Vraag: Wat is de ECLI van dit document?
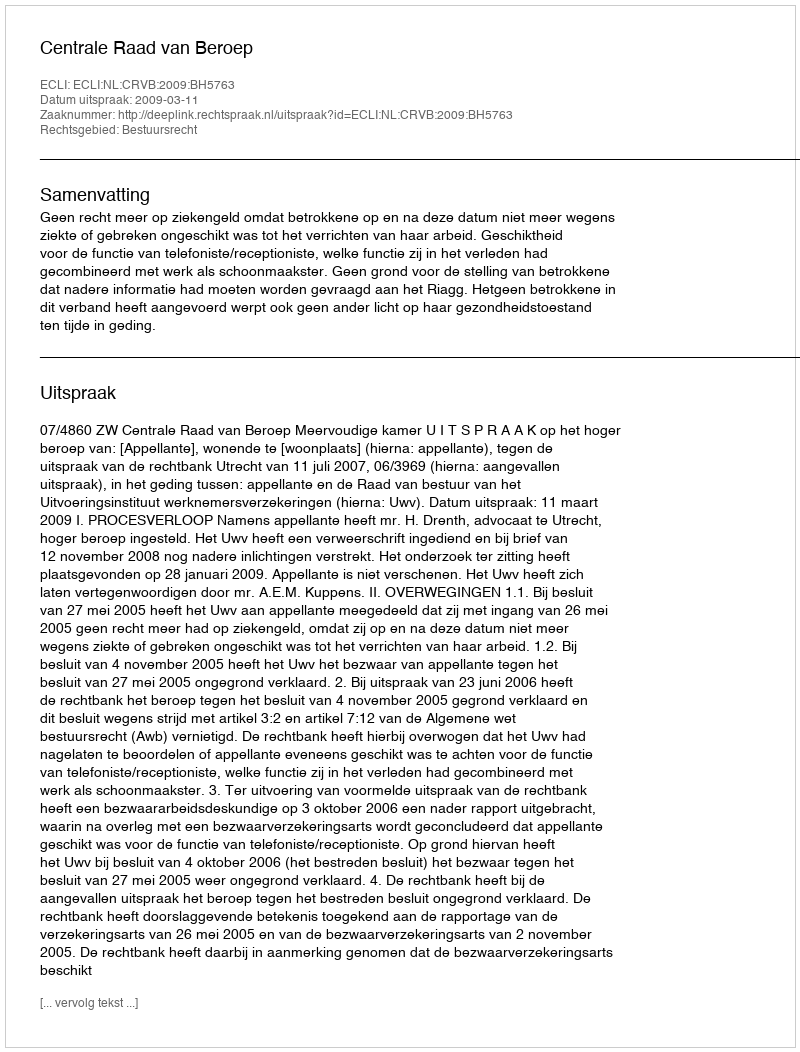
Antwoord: ECLI:NL:CRVB:2009:BH5763